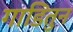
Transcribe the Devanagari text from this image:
गाडितुन